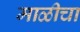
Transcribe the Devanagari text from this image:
माळीचा